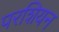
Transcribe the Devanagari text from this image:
परशियन